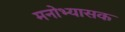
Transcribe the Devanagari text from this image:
मनोभ्यासक